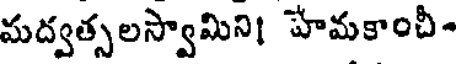
మద్వత్సలస్వామిని। హేమకాంచీ-